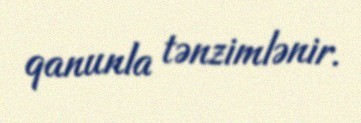
qanunla tənzimlənir.